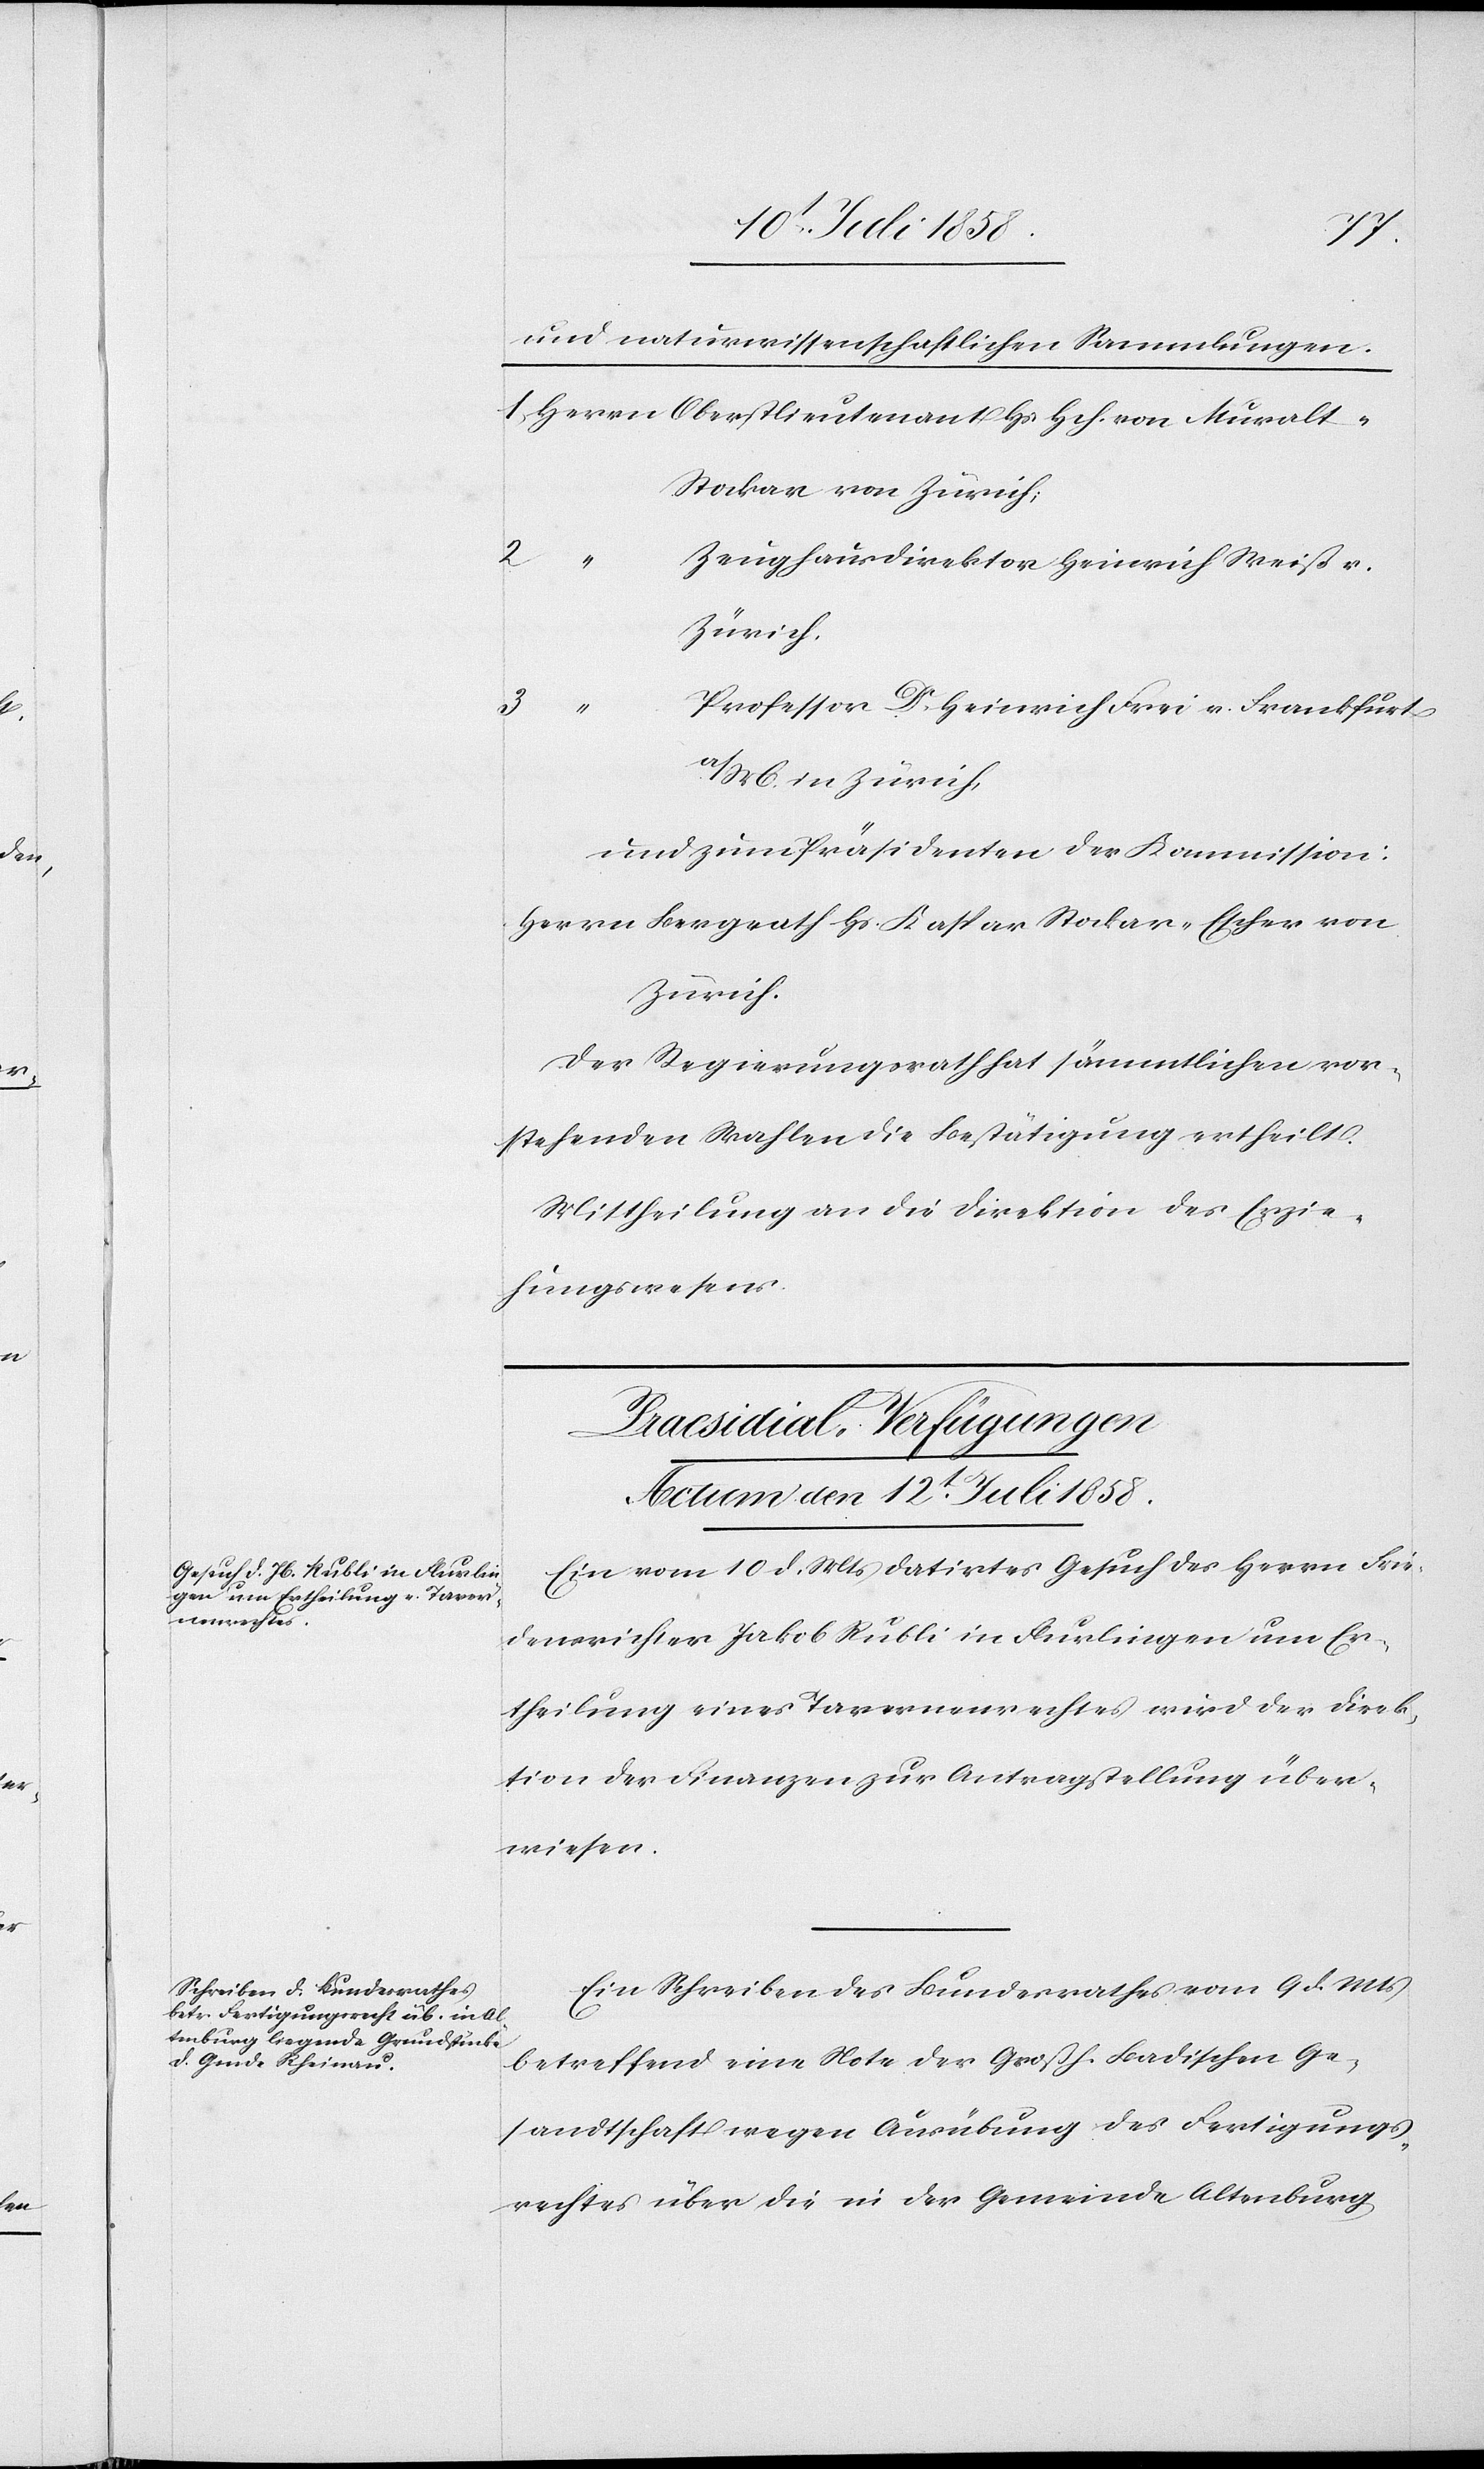
Mural¬
und naturwissenschaftlichen Sammlungen.
t-Stockar von Zürich;
2.
Zeughausdirektor Heinrich Weiß v.
Zürich,
3.
Professor Dr. Heinrich Frei v. Frankfurt
a/M. in Zürich,
und zum Präsidenten der Kommission:
Herrn Bergrath Hs. Kaspar Stockar-Escher von
Zürich.
Der Regierungsrath hat sämmtlichen vor¬
stehenden Wahlen die Bestätigung ertheilt.
Mittheilung an die Direktion des Erzie¬
hungswesens.
[Praesidial-Verfügungen
Actum den 12t. Juli 1858.]
Ein vom 10 d. Mts datirtes Gesuch des Herrn Frie¬
densrichter Jakob Rubli in Flurlingen um Er¬
theilung eines Tavernenrechtes wird der Direk¬
tion der Finanzen zur Antragstellung über¬
wiesen.
Ein Schreiben des Bundesrathes vom 9 d. Mts
betreffend eine Note der Großh. Badischen Ge¬
sandtschaft wegen Ausübung des Fertigungs¬
rechtes über die in der Gemeinde Altenburg